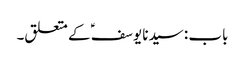
باب : سیدنا یوسفؑ کے متعلق۔